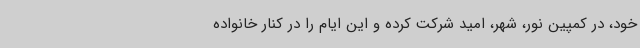
خود، در کمپین نور، شهر، امید شرکت کرده و این ایام را در کنار خانواده